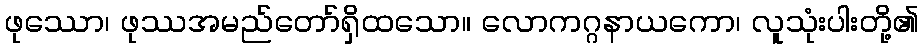
ဖုဿော၊ ဖုဿအမည်တော်ရှိထသော။ လောကဂ္ဂနာယကော၊ လူသုံးပါးတို့၏